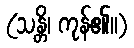
(သန္တိ၊ ကုန်၏။)